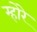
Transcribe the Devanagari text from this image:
म्होरे